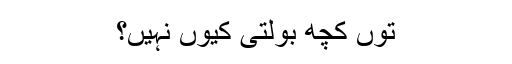
توں کچھ بولتی کیوں نہیں؟